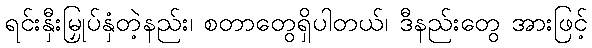
ရင်းနှီးမြှုပ်နှံတဲ့နည်း၊ စတာတွေရှိပါတယ်၊ ဒီနည်းတွေ အားဖြင့်